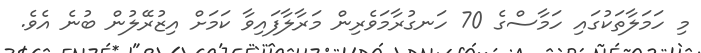
މި ހަމަލާތަކުގައި ހަމާސްގެ 70 ހަނގުރާމަވެރިން މަރާލާފައިވާ ކަމަށް އިޒުރޭލުން ބުނެ އެވެ.